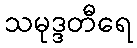
သမုဒ္ဒတီရေ